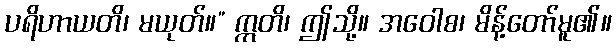
ပရိဟာယတိ၊ မယုတ်။” ဣတိ၊ ဤသို့။ အဝေါစ၊ မိန့်တော်မူ၏။